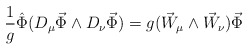
\begin{align*}\frac{1}{g}\hat\Phi(D_\mu\vec\Phi\wedge D_\nu\vec\Phi) = g(\vec W_\mu\wedge \vec W_\nu)\vec\Phi\end{align*}